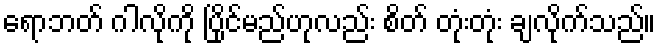
ရောဘတ် ဂါလိုကို ပြိုင်မည်ဟုလည်း စိတ် တုံးတုံး ချလိုက်သည်။